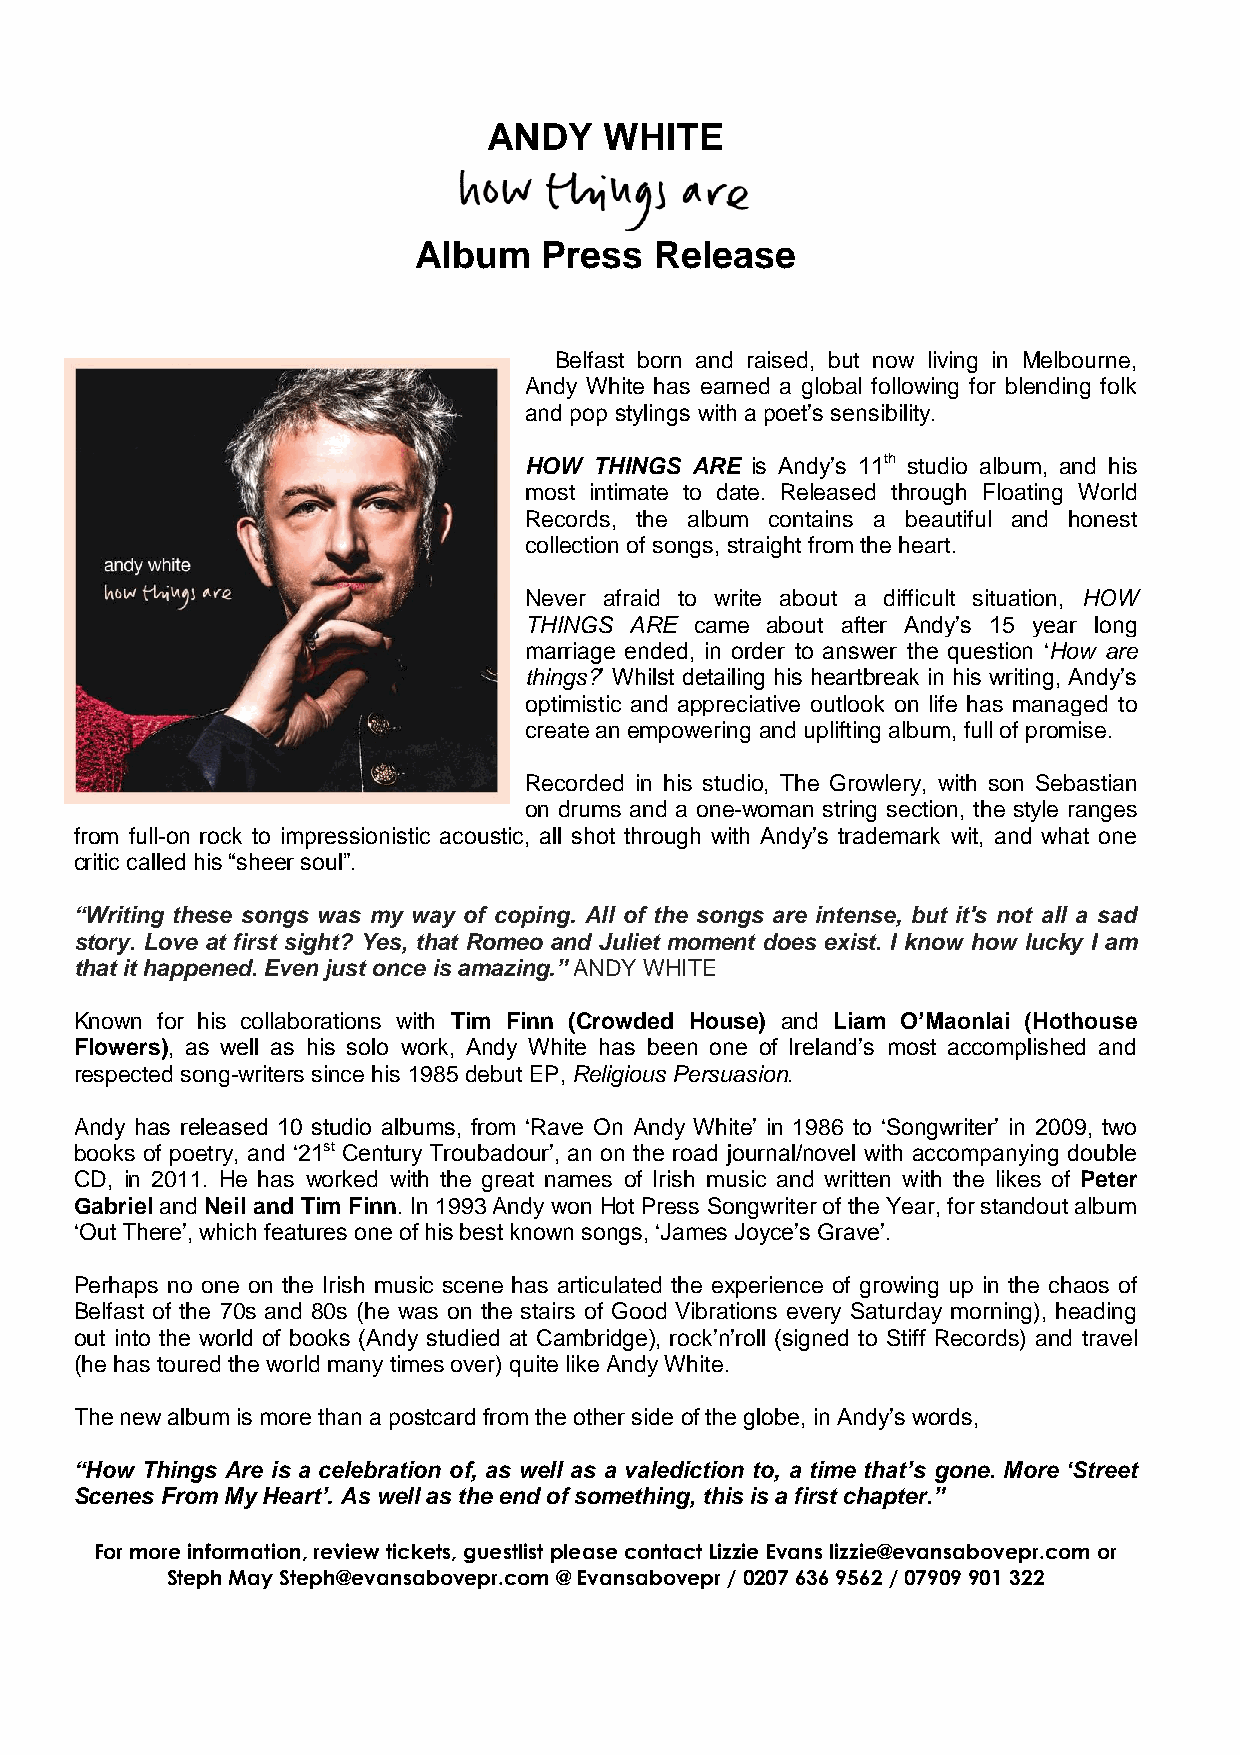
ANDY    WHITE
 Album    Press  Release
 Belfast born and raised, but now living in Melbourne,
 Andy White has earned a global following for blending folk
 and pop stylings with a poet’s sensibility.
 HOW THINGS ARE is Andy’s 11th studio album, and his
 most intimate to date. Released through Floating World
 Records, the album contains a beautiful and honest
 collection of songs, straight from the heart.
 Never afraid to write about a difficult situation, HOW
 THINGS ARE came about after Andy’s 15 year long
 marriage ended, in order to answer the question ‘How are
 things?’ Whilst detailing his heartbreak in his writing, Andy’s
 optimistic and appreciative outlook on life has managed to
 create an empowering and uplifting album, full of promise.
 Recorded in his studio, The Growlery, with son Sebastian
 on drums and a one-woman string section, the style ranges
 from full-on rock to impressionistic acoustic, all shot through with Andy’s trademark wit, and what one
 critic called his “sheer soul”.
 “Writing these songs was my way of coping. All of the songs are intense, but it's not all a sad
 story. Love at first sight? Yes, that Romeo and Juliet moment does exist. I know how lucky I am
 that it happened. Even just once is amazing.” ANDY WHITE
 Known for his collaborations with Tim Finn (Crowded House) and Liam O’Maonlai (Hothouse
 Flowers), as well as his solo work, Andy White has been one of Ireland’s most accomplished and
 respected song-writers since his 1985 debut EP, Religious Persuasion.
 Andy has released 10 studio albums, from ‘Rave On Andy White’ in 1986 to ‘Songwriter’ in 2009, two
 books of poetry, and ‘21st Century Troubadour’, an on the road journal/novel with accompanying double
 CD, in 2011. He has worked with the great names of Irish music and written with the likes of Peter
 Gabriel and Neil and Tim Finn. In 1993 Andy won Hot Press Songwriter of the Year, for standout album
 ‘Out There’, which features one of his best known songs, ‘James Joyce’s Grave’.
 Perhaps no one on the Irish music scene has articulated the experience of growing up in the chaos of
 Belfast of the 70s and 80s (he was on the stairs of Good Vibrations every Saturday morning), heading
 out into the world of books (Andy studied at Cambridge), rock’n’roll (signed to Stiff Records) and travel
 (he has toured the world many times over) quite like Andy White.
 The new album is more than a postcard from the other side of the globe, in Andy’s words,
 “How Things Are is a celebration of, as well as a valediction to, a time that’s gone. More ‘Street
 Scenes From My Heart’. As well as the end of something, this is a first chapter.”
 For more information, review tickets, guestlist please contact Lizzie Evans lizzie@evansabovepr.com or
 Steph May Steph@evansabovepr.com @ Evansabovepr / 0207 636 9562 / 07909 901 322